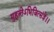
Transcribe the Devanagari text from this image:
मुहूत्र्तेऽभिजित्संज्ञे।।